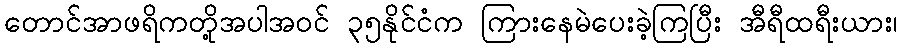
တောင်အာဖရိကတို့အပါအဝင် ၃၅နိုင်ငံက ကြားနေမဲပေးခဲ့ကြပြီး အီရီထရီးယား၊